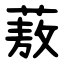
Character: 蔜